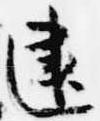
建